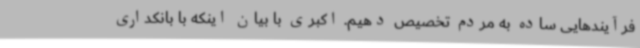
فرآیندهایی ساده به مردم تخصیص دهیم. اکبری با بیان اینکه با بانکداری